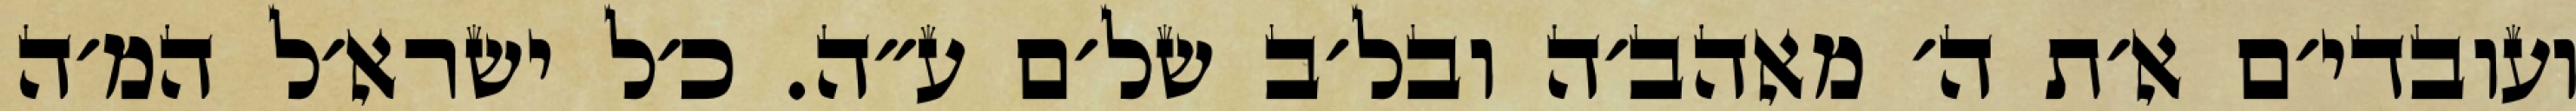
ועובדי׳ם א׳ת ה׳ מאהב׳ה ובל׳ב של׳ם ע״ה. כ׳ל ישרא׳ל המ׳ה